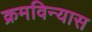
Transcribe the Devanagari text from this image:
क्रमविन्यास